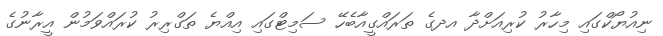
ނިއުޔޯކްގައި މިހާރު ކުރިއަށްދާ އދގެ ތަރައްގީއާބެހޭ ސަމިޓްގައި އިއްޔެ ތަގްރިރު ކުރައްވަމުން އީރާނުގެ